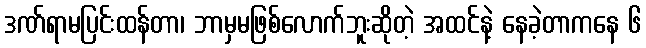
ဒဏ်ရာမပြင်းထန်တာ၊ ဘာမှမဖြစ်လောက်ဘူးဆိုတဲ့ အထင်နဲ့ နေခဲ့တာကနေ ၆